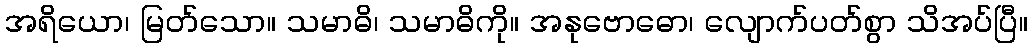
အရိယော၊ မြတ်သော။ သမာဓိ၊ သမာဓိကို။ အနုဗောဓော၊ လျောက်ပတ်စွာ သိအပ်ပြီ။